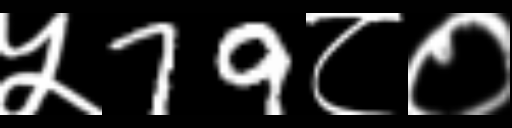
Text: ५79८०